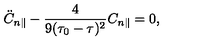
\ddot { C } _ { n \parallel } - \frac { 4 } { 9 ( \tau _ { 0 } - \tau ) ^ { 2 } } C _ { n \parallel } = 0 ,